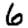
Digit: 6